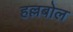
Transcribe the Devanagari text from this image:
हल्लबोल